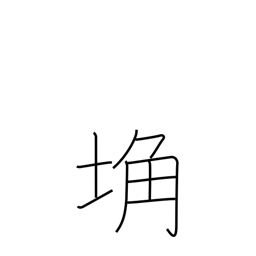
Meaning: barren land